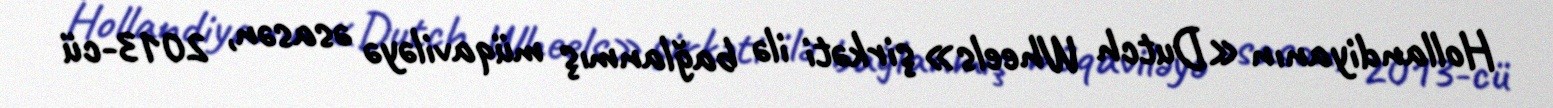
Hollandiyanın «Dutch Wheels» şirkəti ilə bağlanmış müqaviləyə əsasən, 2013-cü